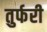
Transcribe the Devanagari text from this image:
तुर्फरी